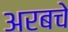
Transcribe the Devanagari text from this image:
अरबचे